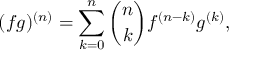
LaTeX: ( f g ) ^ { ( n ) } = \sum _ { k = 0 } ^ { n } { \binom { n } { k } } f ^ { ( n - k ) } g ^ { ( k ) } ,